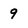
Character: 9